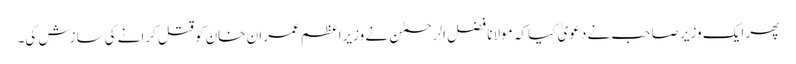
پھر ایک وزیر صاحب نے دعویٰ کیا کہ مولانا فضل الرحمٰن نے وزیراعظم عمران خان کو قتل کرانے کی سازش کی۔